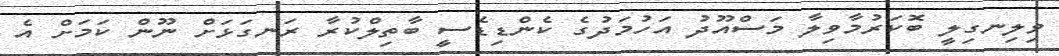
ވިލިނގިލީ ބޮކަރުމާވިލާ މަސްއޫދު އަހުމަދުގެ ކެންޑިޑެސީ ބާތިލްކުރާ ރަނގަޅަށް ނޫން ކަމަށް އެ